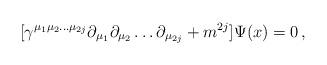
LaTeX: \begin{align*}[ \gamma^{\mu_1 \mu_2 \ldots \mu_{2j}} \partial_{\mu_1} \partial_{\mu_2}\ldots \partial_{\mu_{2j}} +m^{2j} ] \Psi (x) = 0\,,\end{align*}